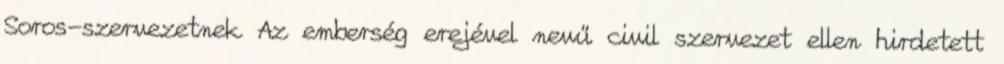
Soros-szervezetnek Az emberség erejével nevű civil szervezet ellen hirdetett